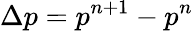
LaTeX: \Delta p={{p}^{n+1}}-{{p}^{n}}